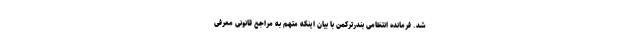
شد. فرمانده انتظامی بندرترکمن با بیان اینکه متهم به مراجع قانونی معرفی